Vaccination in the Punjab 1897-1904 - 1897-1904
Year: 1897
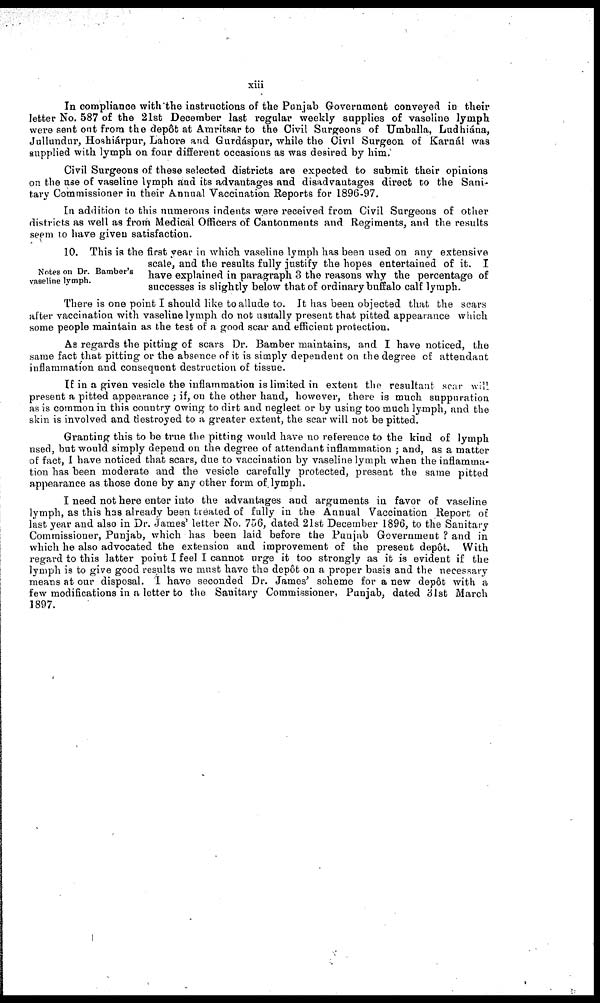
xiii
In compliance with the instructions of the Punjab Government conveyed in their
letter No. 587 of the 21st December last regular weekly supplies of vaseline lymph
were sent out from the depôt at Amritsar to the Civil Surgeons of Umballa, Ludhiána,
Jullundur, Hoshiárpur, Lahore and Gurdáspur, while the Civil Surgeon of Karnál was
supplied with lymph on four different occasions as was desired by him.
Civil Surgeons of these selected districts are expected to submit their opinions
on the use of vaseline lymph and its advantages and disadvantages direct to the Sani-
tary Commissioner in their Annual Vaccination Reports for 1896-97.
In addition to this numerous indents were received from Civil Surgeons of other
districts as well as from Medical Officers of Cantonments and Regiments, and the results
seem to have given satisfaction.
Notes on Dr. Bamber's
vaseline lymph.
10. This is the first year in which vaseline lymph has been used on any extensive
scale, and the results fully justify the hopes entertained of it. I
have explained in paragraph 3 the reasons why the percentage of
successes is slightly below that of ordinary buffalo calf lymph.
There is one point I should like to allude to. It has been objected that the scars
after vaccination with vaseline lymph do not usually present that pitted appearance which
some people maintain as the test of a good scar and efficient protection.
As regards the pitting of scars Dr. Bamber maintains, and I have noticed, the
same fact that pitting or the absence of it is simply dependent on the degree of attendant
inflammation and consequent destruction of tissue.
If in a given vesicle the inflammation is limited in extent the resultant scar will
present a pitted appearance ; if, on the other hand, however, there is much suppuration
as is common in this country owing to dirt and neglect or by using too much lymph, and the
skin is involved and destroyed to a greater extent, the scar will not be pitted.
Granting this to be true the pitting would have no reference to the kind of lymph
used, but would simply depend on the degree of attendant inflammation ; and, as a matter
of fact, I have noticed that scars, due to vaccination by vaseline lymph when the inflamma-
tion has been moderate and the vesicle carefully protected, present the same pitted
appearance as those done by any other form of lymph.
I need not here enter into the advantages and arguments in favor of vaseline
lymph, as this has already been treated of fully in the Annual Vaccination Report of
last year and also in Dr. James' letter No. 756, dated 21st December 1896, to the Sanitary
Commissioner, Punjab, which has been laid before the Punjab Government ? and in
which he also advocated the extension and improvement of the present depôt. With
regard to this latter point I feel I cannot urge it too strongly as it is evident if the
lymph is to give good results we must have the depôt on a proper basis and the necessary
means at our disposal. I have seconded Dr. James' scheme for a new depôt with a
few modifications in a letter to the Sanitary Commissioner, Punjab, dated 31st March
1897.